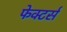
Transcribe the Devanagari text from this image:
फेक्टर्स